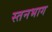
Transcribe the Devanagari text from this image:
स्तनभाग